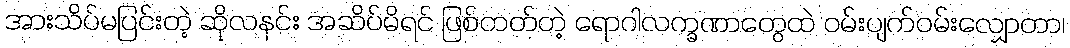
အားသိပ်မပြင်းတဲ့ ဆိုလနင်း အဆိပ်မိရင် ဖြစ်တတ်တဲ့ ရောဂါလက္ခဏာတွေထဲ ဝမ်းပျက်ဝမ်းလျှောတာ၊